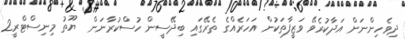
ދިވެހިންނަށް އަދާކުރެވޭ ވަޒީފާތަކުން އަހަރެއްގެ ތެރޭގައި ބިދޭސީން ހުސްކުރާނަން  ޔޫތު މިނިސްޓްރީ2